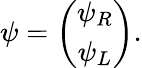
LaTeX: \psi=\left(\begin{array}{c}{{\psi_{R}}}\\ {{\psi_{L}}}\end{array}\right).